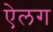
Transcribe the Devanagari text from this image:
ऐलग